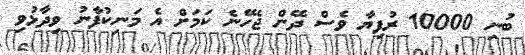
ބުނި 10000 ރުފިޔާ ވެސް ދޭން ޖެހޭނެ ކަމަށް އެ މަނިކުފާނު ވިދާޅުވި